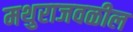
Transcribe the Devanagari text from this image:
मथुराजवळील